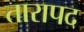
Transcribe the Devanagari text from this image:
तारापद